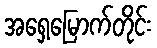
အရှေ့မြောက်တိုင်း